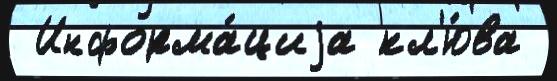
 Информа́циjа кл'ю́ва